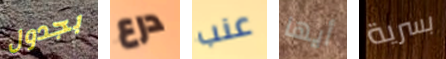
بجدول درع عنب أيها بسرية